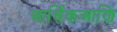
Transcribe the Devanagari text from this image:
आर्थिकआणि